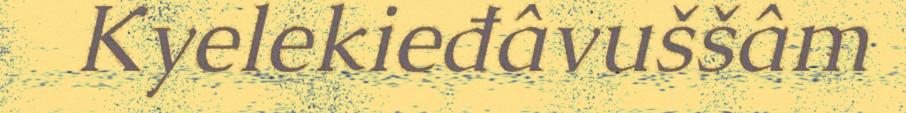
Kyelekieđâvuššâm